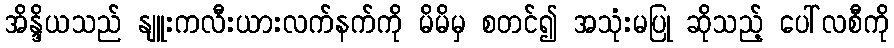
အိန္ဒိယသည် နျူးကလီးယားလက်နက်ကို မိမိမှ စတင်၍ အသုံးမပြု ဆိုသည့် ပေါ်လစီကို